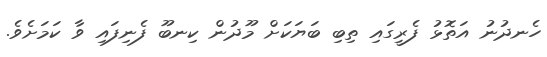
ހެނދުނު އަތޮޅު ފެރީގައި ތިބި ބަޔަކަށް މޫދުން ކިނބޫ ފެނިފައި ވާ ކަމަށެވެ.